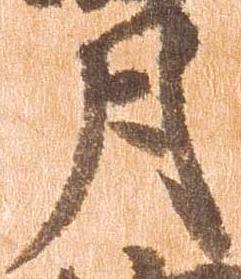
月